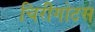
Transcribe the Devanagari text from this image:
चिरीगोटस